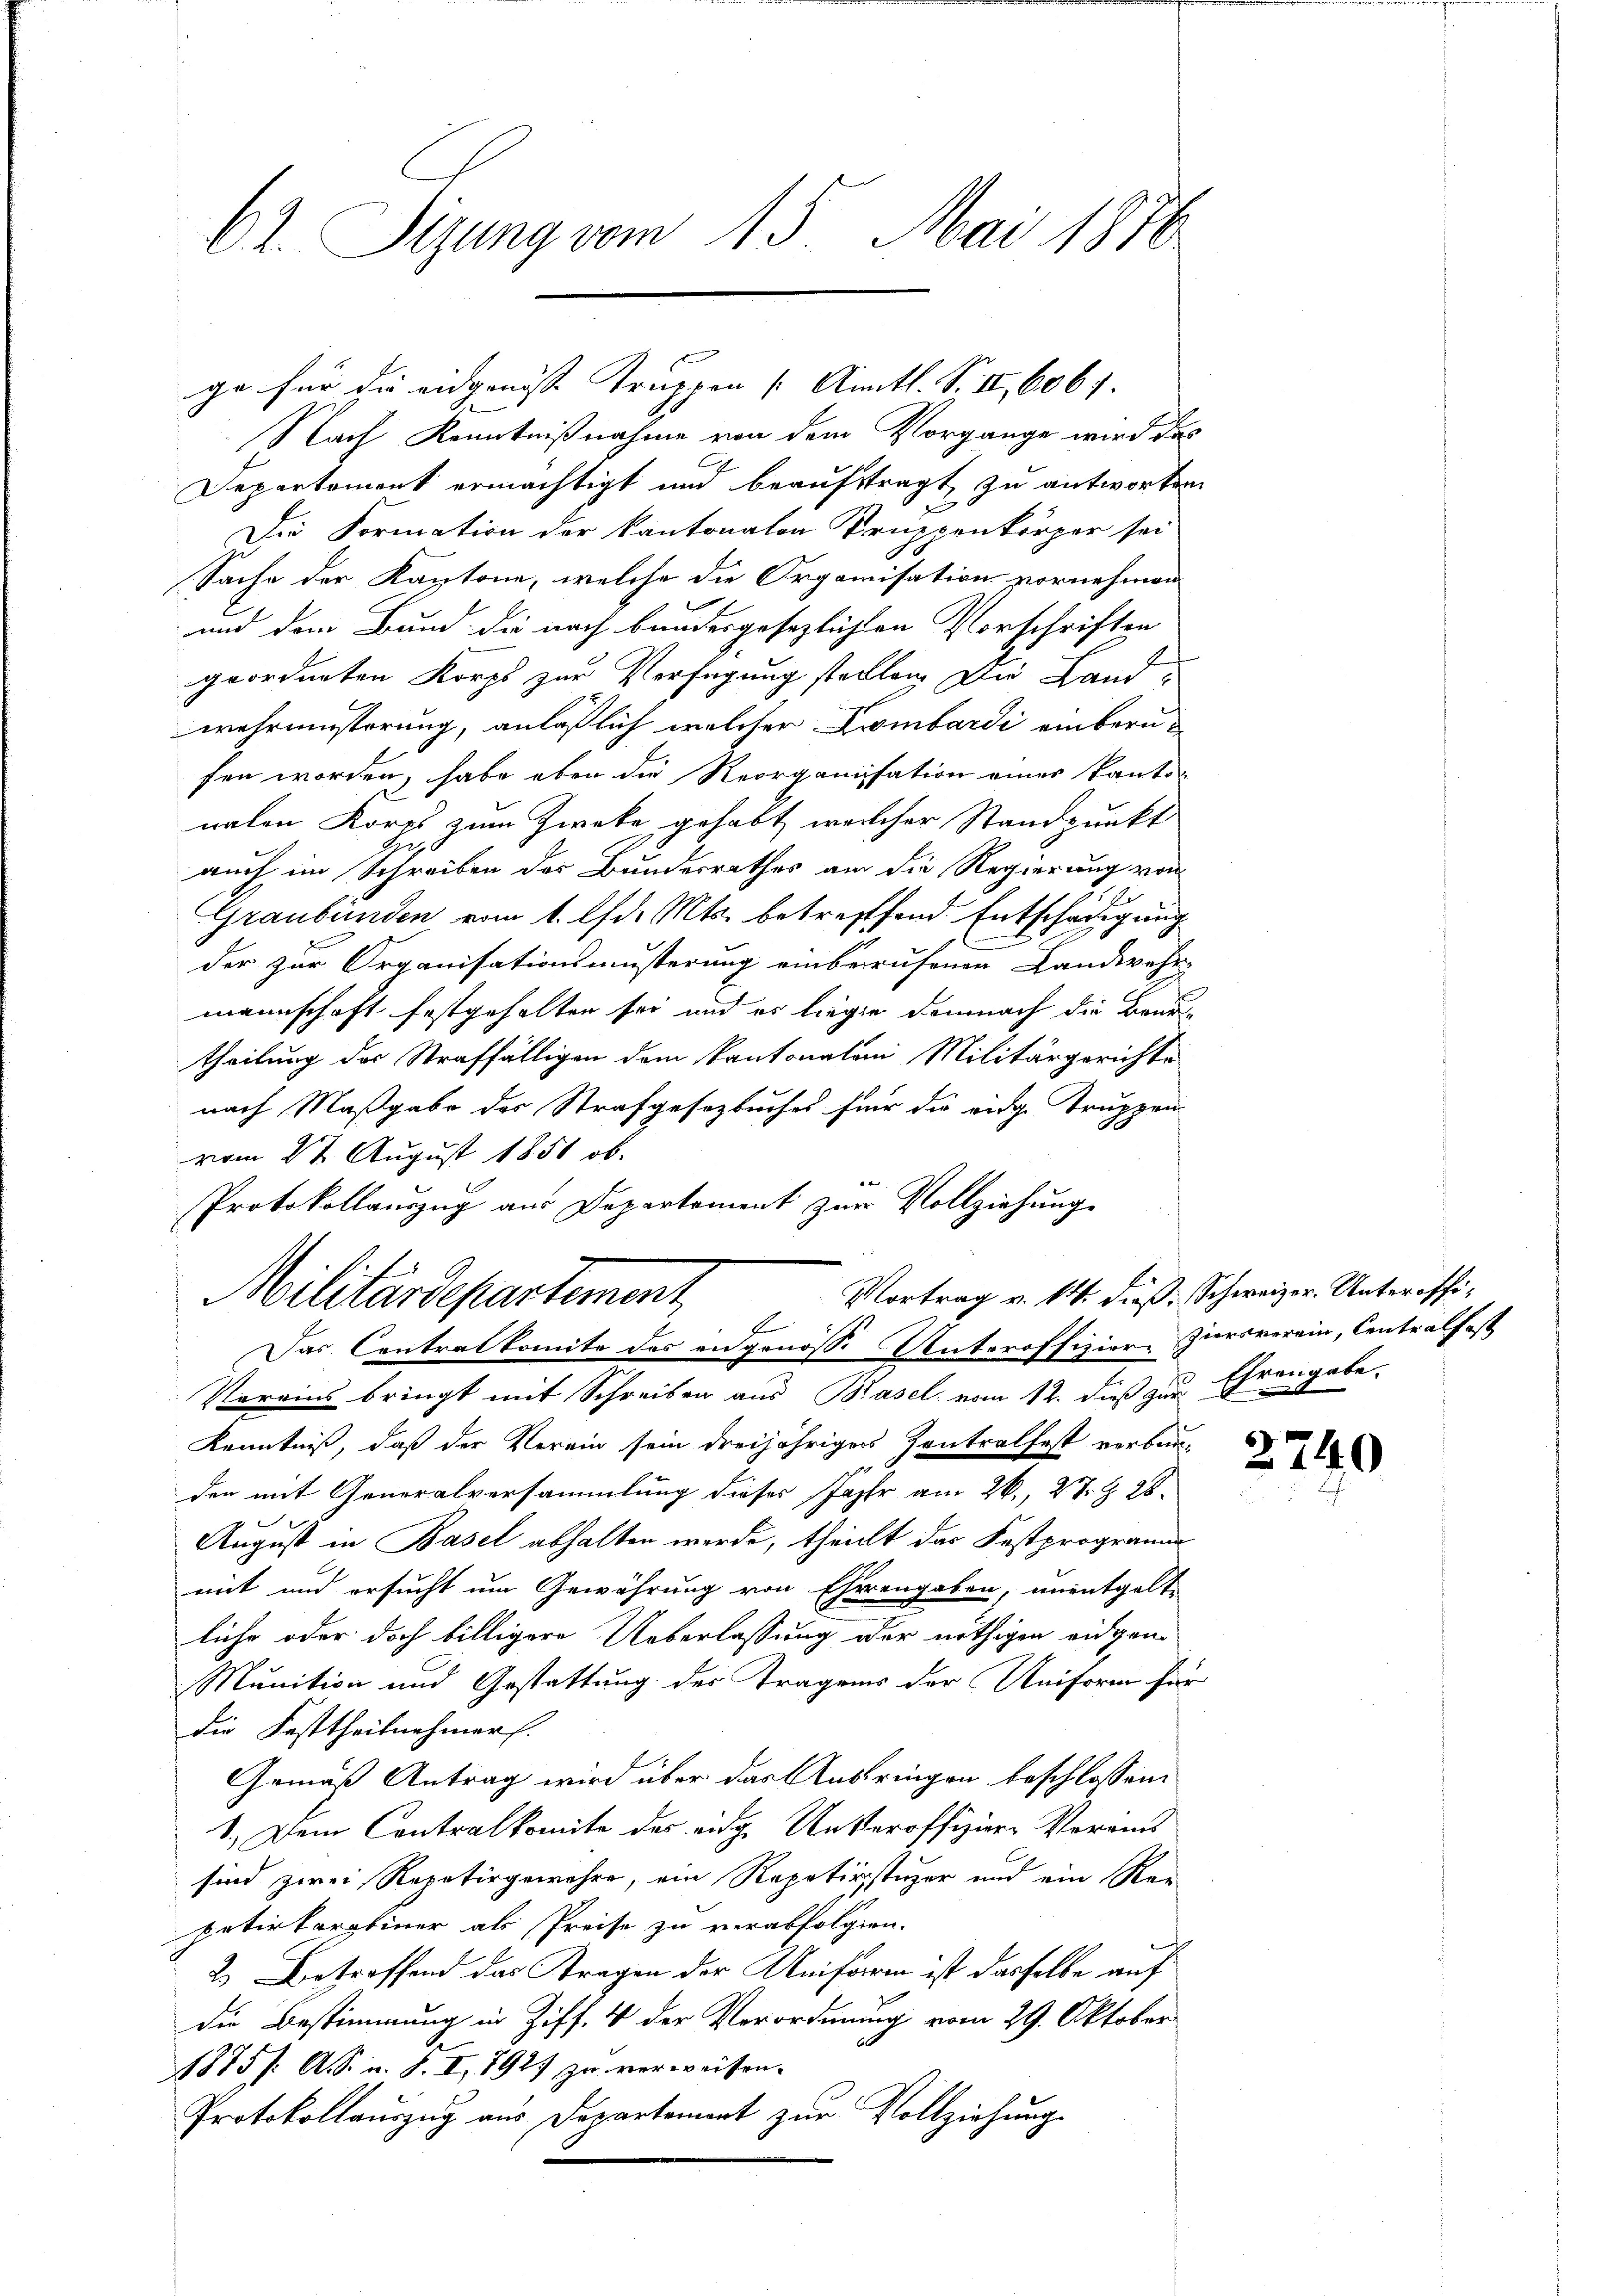
62. Sigung vom 15. Mai 1870

Nach Kenntnißnahme von dem Vorgange wird das
Departement ermächtigt und beauftragt, zu antworten
Die Formation der kantonalen Truppenkörper sei
Sache der Kantone, welche die Organisation vornehmen
und dem Bund die nach bundesgesezlichten Vorschriften
geordneten Korps zur Verfügung stellen Die Landwehrmüsterung, anläßlich welcher Lombardi einberufen worden, habe eben die Reorganisation einer kantonalen Korps zum Zweke gehabt, welcher Standpunkt
auch im Schreiben des Bundesrathes an die Regierung von
.
Graubünden vom 1. lfd. Mts. betreffend Entschädigung
e
der zur Organisationsmusterung einberufenen Landwehr-
mannschaft festgehalten sei und es liege demnach die Beurtheilung der Straffälligen dem Kantonalen Militärgerichte
nach Maßgabe der Strafgesetzbuches für die eidg. Truppen
vom 2t August 1851 ob.

Protokollauszug aus Departement zur Vollziehung.
Vortrag v. 14. dieß, Schweizer-Unteroffi¬
Militärdepartement
E
Das Contralkomite das angenosse Unteroffizion Ziersverein, Centralfest
Voreins bringt mit Schreiben aus Basel vom 12. dieß zur
Kenntniß, daß der Verein sein dreijähriger Zentralfest verbun-
den mit Generalversammlung dieses Jahr am 26., 27. Z. 28.
August in Basel abhalten werde, theilt das Festprogramm
mit und ersucht um Gewährung von Eherengaben, unentgelte
liche oder doch billigere Ueberlassung oder nöthigen eidgen
Munition und Gestattung des Tragens der Uniform für
die Fasttheilnehmer.
Gemäß Antrag wird über das Anspringen beschlossen:
1.) Dem Contralkomite des eige Unteroffiziere Vereins
sind zwei Repetirgewehre, ein Repetirstüzer und ein Repetirterstiner als Preise zu verabfolgen.
2.) Betreffend das Fragen der Uniform ist dasselbe auf
die Bestimmung in Ziff. 4 der Verordnung vom 29. Oktober
1875 /: A. S. u. S. I, 792) zu verweisen.
Protokollauszug aus Departement zur Vollziehung

ge für die eidgenosse Truppen (Amtl. S. II, 6067.

Ehrengabe.
d
u

2740